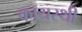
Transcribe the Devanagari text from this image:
कायस्थी